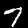
Label: 7